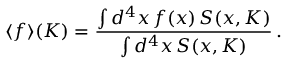
\langle f \rangle ( K ) = \frac { \int d ^ { 4 } x \, f ( x ) \, S ( x , K ) } { \int d ^ { 4 } x \, S ( x , K ) } \, .